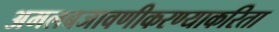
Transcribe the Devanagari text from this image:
अमलबजावणीकरण्याकरिता